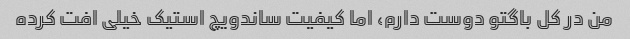
من در کل باگتو دوست دارم، اما کیفیت ساندویچ استیک خیلی افت کرده